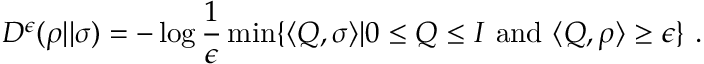
D ^ { \epsilon } ( \rho | | \sigma ) = - \log { \frac { 1 } { \epsilon } } \operatorname* { m i n } \{ \langle Q , \sigma \rangle | 0 \leq Q \leq I { \mathrm { ~ a n d ~ } } \langle Q , \rho \rangle \geq \epsilon \} ~ .